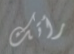
رأتك